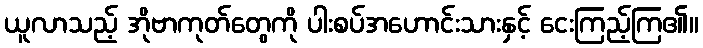
ယူလာသည့် အိုဗာကုတ်တွေကို ပါးစပ်အဟောင်းသားနှင့် ငေးကြည့်ကြ၏။